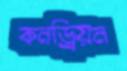
কনড্রিয়ন